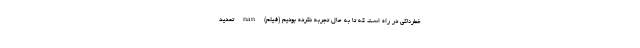
خطرناکی در راه است که تا به حال تجربه نکرده بودیم (فیلم) nan تمدید